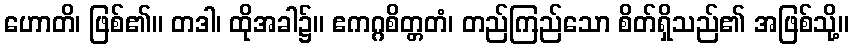
ဟောတိ၊ ဖြစ်၏။ တဒါ၊ ထိုအခါ၌။ ဧကဂ္ဂစိတ္တတံ၊ တည်ကြည်သော စိတ်ရှိသည်၏ အဖြစ်သို့။